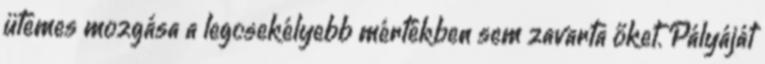
ütemes mozgása a legcsekélyebb mértékben sem zavarta őket. Pályáját